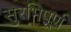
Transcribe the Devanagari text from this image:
सुरभिपूर्ण